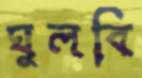
ঘুলবি